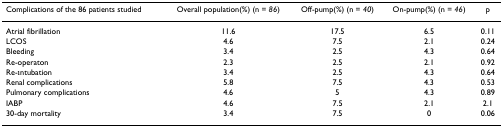
| Complications of the 86 patients studied | Overall population(%) (n = 86) | Off-pump(%) (n = 40) | On-pump(%) (n = 46) | p |
 | --- | --- | --- | --- | --- |
 | Atrial fibrillation | 11.6 | 17.5 | 6.5 | 0.11 |
 | LCOS | 4.6 | 7.5 | 2.1 | 0.24 |
 | Bleeding | 3.4 | 2.5 | 4.3 | 0.64 |
 | Re-operaton | 2.3 | 2.5 | 2.1 | 0.92 |
 | Re-ıntubation | 3.4 | 2.5 | 4.3 | 0.64 |
 | Renal complications | 5.8 | 7.5 | 4.3 | 0.53 |
 | Pulmonary complications | 4.6 | 5 | 4.3 | 0.89 |
 | IABP | 4.6 | 7.5 | 2.1 | 2.1 |
 | 30-day mortality | 3.4 | 7.5 | 0 | 0.06 |